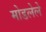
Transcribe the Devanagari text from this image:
मोडलेले